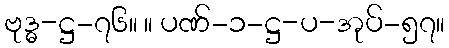
ဗုဒ္ဓ-ဋ္ဌ-၇၆။ ။ ပဏ်-၁-ဋ္ဌ-ပ-အုပ်-၅၇။